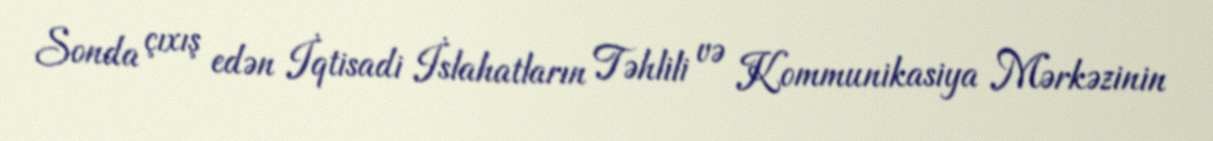
Sonda çıxış edən İqtisadi İslahatların Təhlili və Kommunikasiya Mərkəzinin